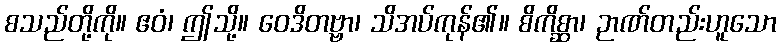
စသည်တို့ကို။ ဧဝံ၊ ဤသို့။ ဝေဒိတဗ္ဗာ၊ သိအပ်ကုန်၏။ စိကိစ္ဆာ၊ ဉာဏ်တည်းဟူသော